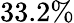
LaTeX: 33.2\%